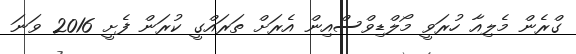
ގްރެން މެލިއާ ހުރަވީ މޯލްޑިވްސްއިން އެރަށް ތަރައްގީ ކުރަން ފެށީ 2016 ވަނަ